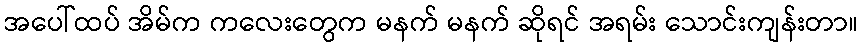
အပေါ်ထပ် အိမ်က ကလေးတွေက မနက် မနက် ဆိုရင် အရမ်း သောင်းကျန်းတာ။